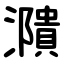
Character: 濻